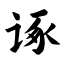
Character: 诼